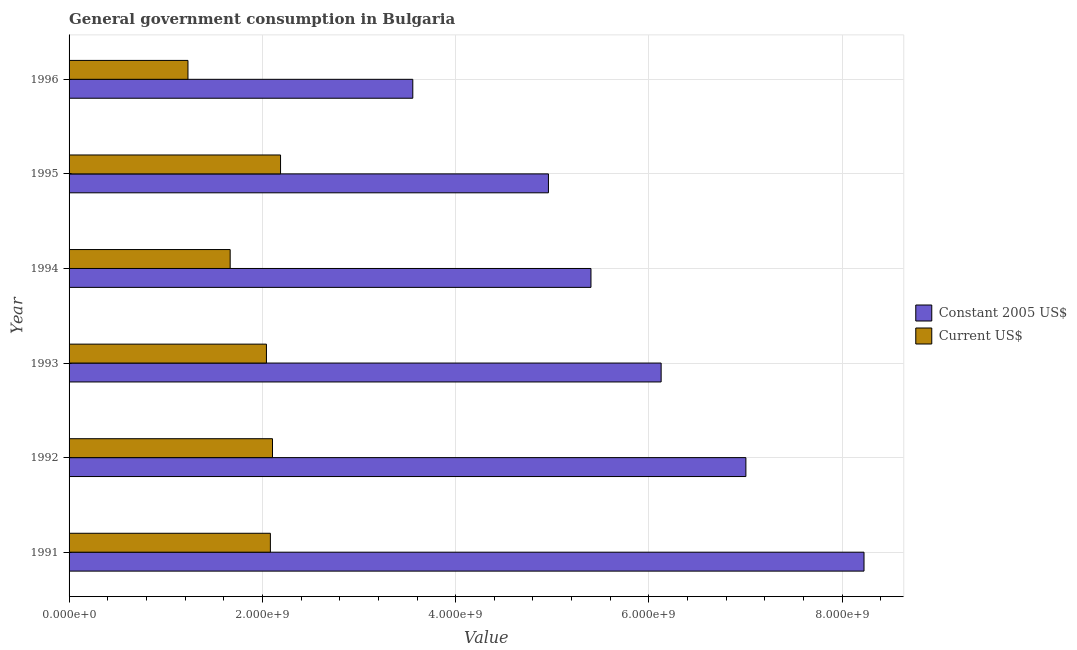
| Year | Constant 2005 US$ | Current US$ |
 | --- | --- | --- |
 | 1991 | 8.23e+09 | 2.08e+09 |
 | 1992 | 7e+09 | 2.1e+09 |
 | 1993 | 6.13e+09 | 2.04e+09 |
 | 1994 | 5.4e+09 | 1.67e+09 |
 | 1995 | 4.96e+09 | 2.19e+09 |
 | 1996 | 3.56e+09 | 1.23e+09 |